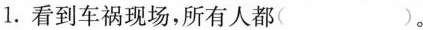
1.看到车祸现场，所有人都( )。